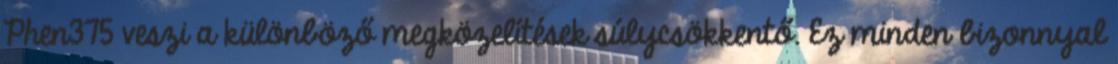
Phen375 veszi a különböző megközelítések súlycsökkentő. Ez minden bizonnyal